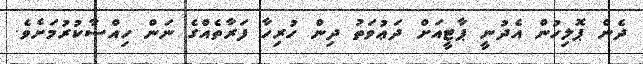
ދެން ޕޮލިހުން އެދުނީ ޕާޓީއަށް ދަޢުވަތު ދިން ހުރިހާ ފަރާތެއްގެ ނަން ހިއްސާކުރުމަށެވެ.